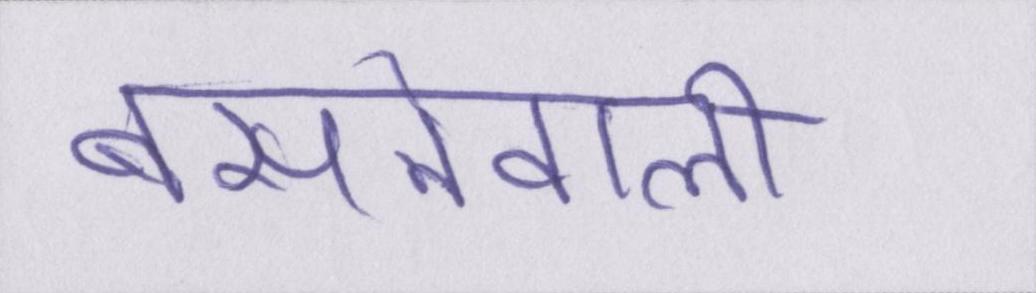
बसनेवाली